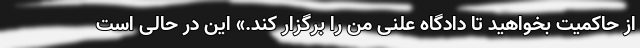
از حاکمیت بخواهید تا دادگاه علنی من را برگزار کند.» این در حالی است